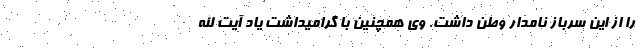
را از این سرباز نامدار وطن داشت. وی همچنین با گرامیداشت یاد آیت الله